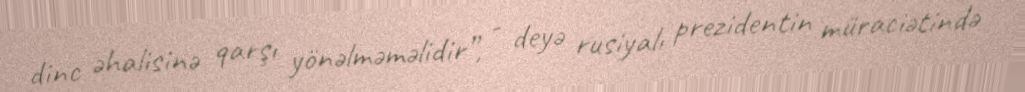
dinc əhalisinə qarşı yönəlməməlidir”, - deyə rusiyalı prezidentin müraciətində